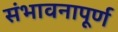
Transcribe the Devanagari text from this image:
संभावनापूर्ण